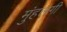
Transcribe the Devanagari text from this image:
मुंहलगी